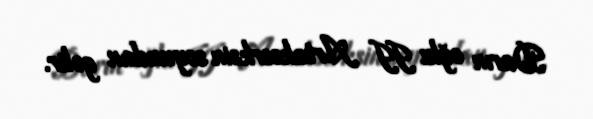
Darın oğlu II Artakserksin soyundan gəlir.